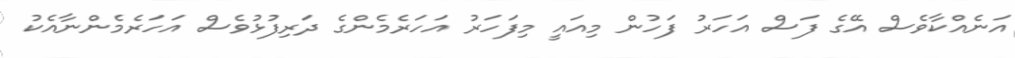
އަނެއްކާވެސް އޭގެ ފަސް އަހަރު ފަހުން މިއައީ މިފަހަރު އަހަރެމެންގެ ދަރިފުޅުވެސް އަހަރެމެންނާއެކު